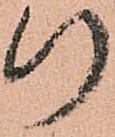
行